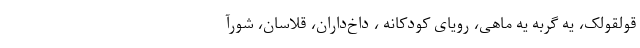
قولقولک، یه گربه یه ماهی، رویای کودکانه ، داخ‌داران، قلاسان، شورآ